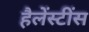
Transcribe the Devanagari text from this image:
हैलेंस्टींस